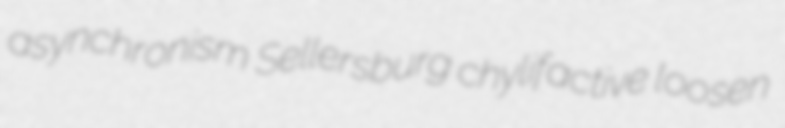
asynchronism Sellersburg chylifactive loosen